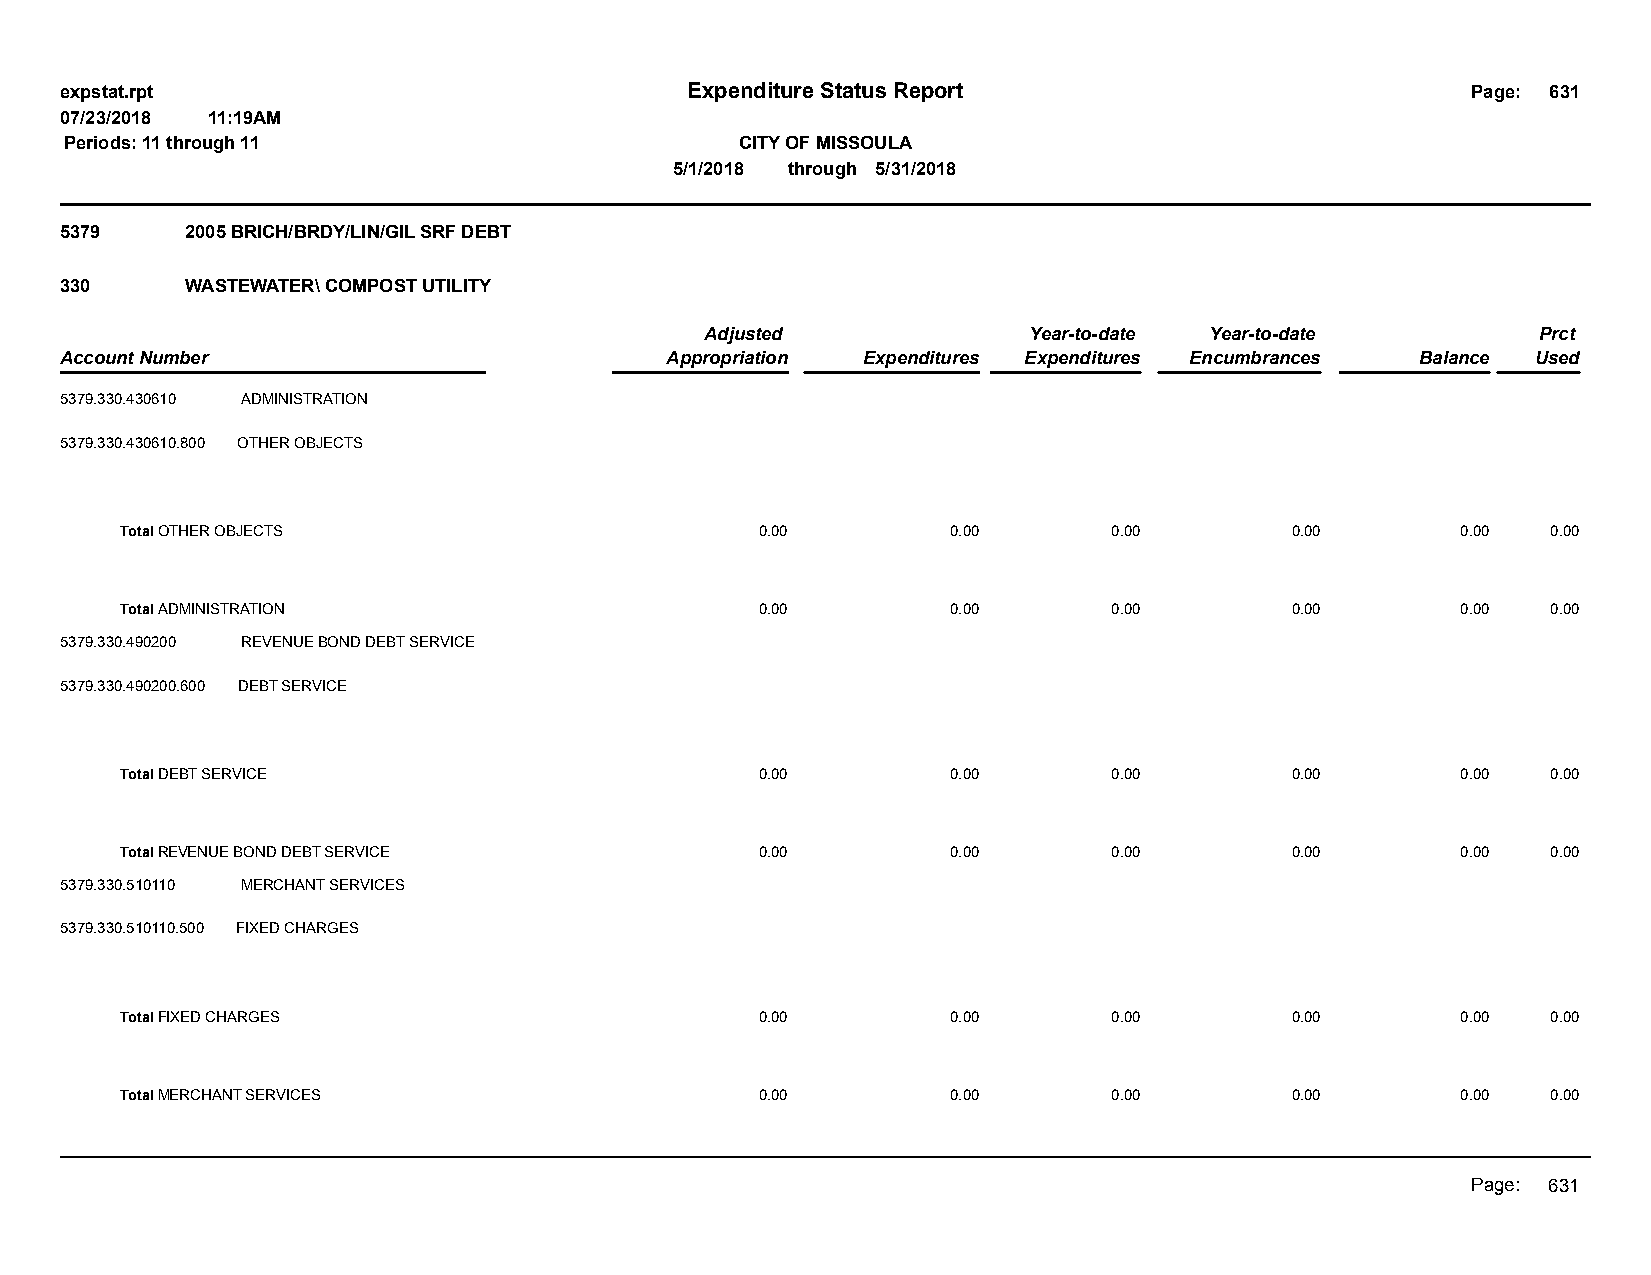
expstat.rpt                              Expenditure Status Report                           Page: 631
 07/23/2018 11:19AM
 Periods: 11 through 11                       CITY OF MISSOULA
 5/1/2018 through 5/31/2018
 5379    2005 BRICH/BRDY/LIN/GIL SRF DEBT
 330     WASTEWATER\ COMPOST UTILITY
 Adjusted             Year-to-date Year-to-date         Prct
 Account Number                          Appropriation Expenditures Expenditures Encumbrances Balance Used
 5379.330.430610 ADMINISTRATION
 5379.330.430610.800 OTHER OBJECTS
 Total OTHER OBJECTS                       0.00         0.00       0.00       0.00        0.00  0.00
 Total ADMINISTRATION                      0.00         0.00       0.00       0.00        0.00  0.00
 5379.330.490200 REVENUE BOND DEBT SERVICE
 5379.330.490200.600 DEBT SERVICE
 Total DEBT SERVICE                        0.00         0.00       0.00       0.00        0.00  0.00
 Total REVENUE BOND DEBT SERVICE           0.00         0.00       0.00       0.00        0.00  0.00
 5379.330.510110 MERCHANT SERVICES
 5379.330.510110.500 FIXED CHARGES
 Total FIXED CHARGES                       0.00         0.00       0.00       0.00        0.00  0.00
 Total MERCHANT SERVICES                   0.00         0.00       0.00       0.00        0.00  0.00
 Page: 631